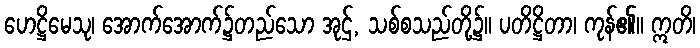
ဟေဋ္ဌိမေသု၊ အောက်အောက်၌တည်သော အုဌ်, သစ်စသည်တို့၌။ ပတိဋ္ဌိတာ၊ ကုန်၏။ ဣတိ၊